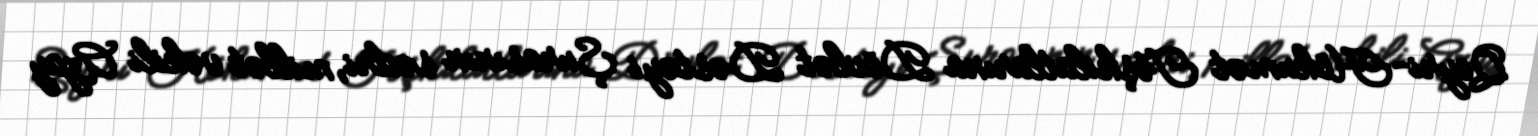
Qeyri-Hökumət Təşkilatlarına Dövlət Dəstəyi Şurasının sədri, millət vəkili Azay